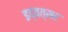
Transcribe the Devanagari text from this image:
इद्वत्सर